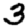
Digit: 3